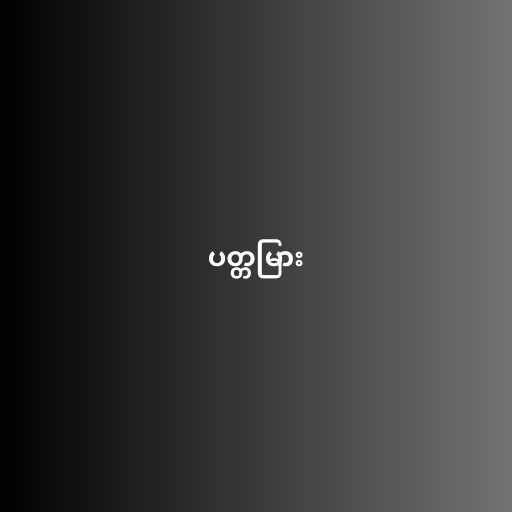
ပတ္တမြား